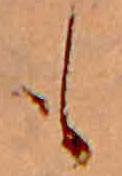
も